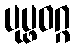
ပုပ္ဖဝဂ္ဂ